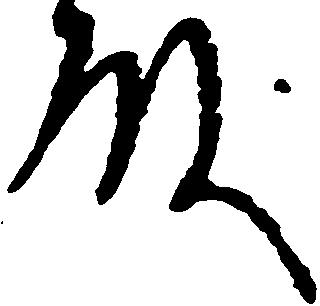
殿